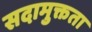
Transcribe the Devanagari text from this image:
सदामुक्तता